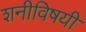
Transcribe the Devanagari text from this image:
शनीविषयी